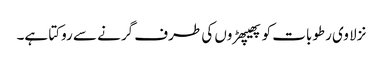
نزلا وی رطوبات کو پھیپھڑوں کی طرف گرنے سے روکتا ہے۔